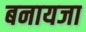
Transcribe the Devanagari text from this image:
बनायजा